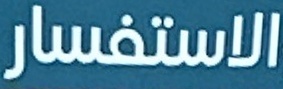
الاستفسار